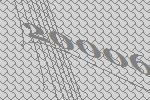
20006